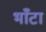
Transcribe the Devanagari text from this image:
भाँटा